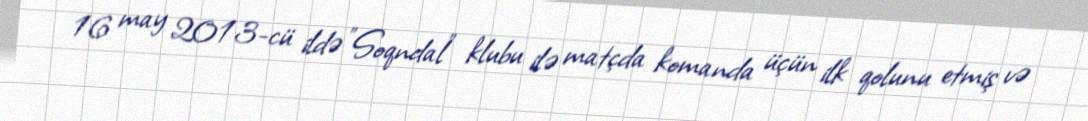
16 may 2013-cü ildə "Soqndal" klubu ilə matçda komanda üçün ilk qolunu etmiş və